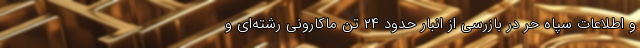
و اطلاعات سپاه حر در بازرسی از انبار حدود ۲۴ تن ماکارونی رشته‌ای و